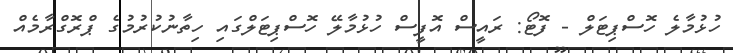
ހުޅުމާލެ ހޮސްޕިޓަލް - ފޮޓޯ: ރައީސް އޮފީސް ހުޅުމާލޭ ހޮސްޕިޓަލްގައި ހިތާނުކުރުމުގެ ޕްރޮގްރާމެއް